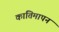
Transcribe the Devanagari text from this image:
कांतिमापन